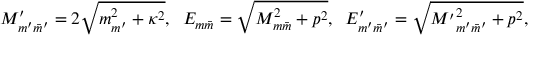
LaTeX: M _ { m ^ { \prime } \bar { m } ^ { \prime } } ^ { \prime } = 2 \sqrt { m _ { m ^ { \prime } } ^ { 2 } + \kappa ^ { 2 } } , \; \; E _ { m \bar { m } } = \sqrt { M _ { m \bar { m } } ^ { 2 } + p ^ { 2 } } , \; \; E _ { m ^ { \prime } \bar { m } ^ { \prime } } ^ { \prime } = \sqrt { { M ^ { \prime } } _ { m ^ { \prime } \bar { m } ^ { \prime } } ^ { 2 } + { p } ^ { 2 } } ,